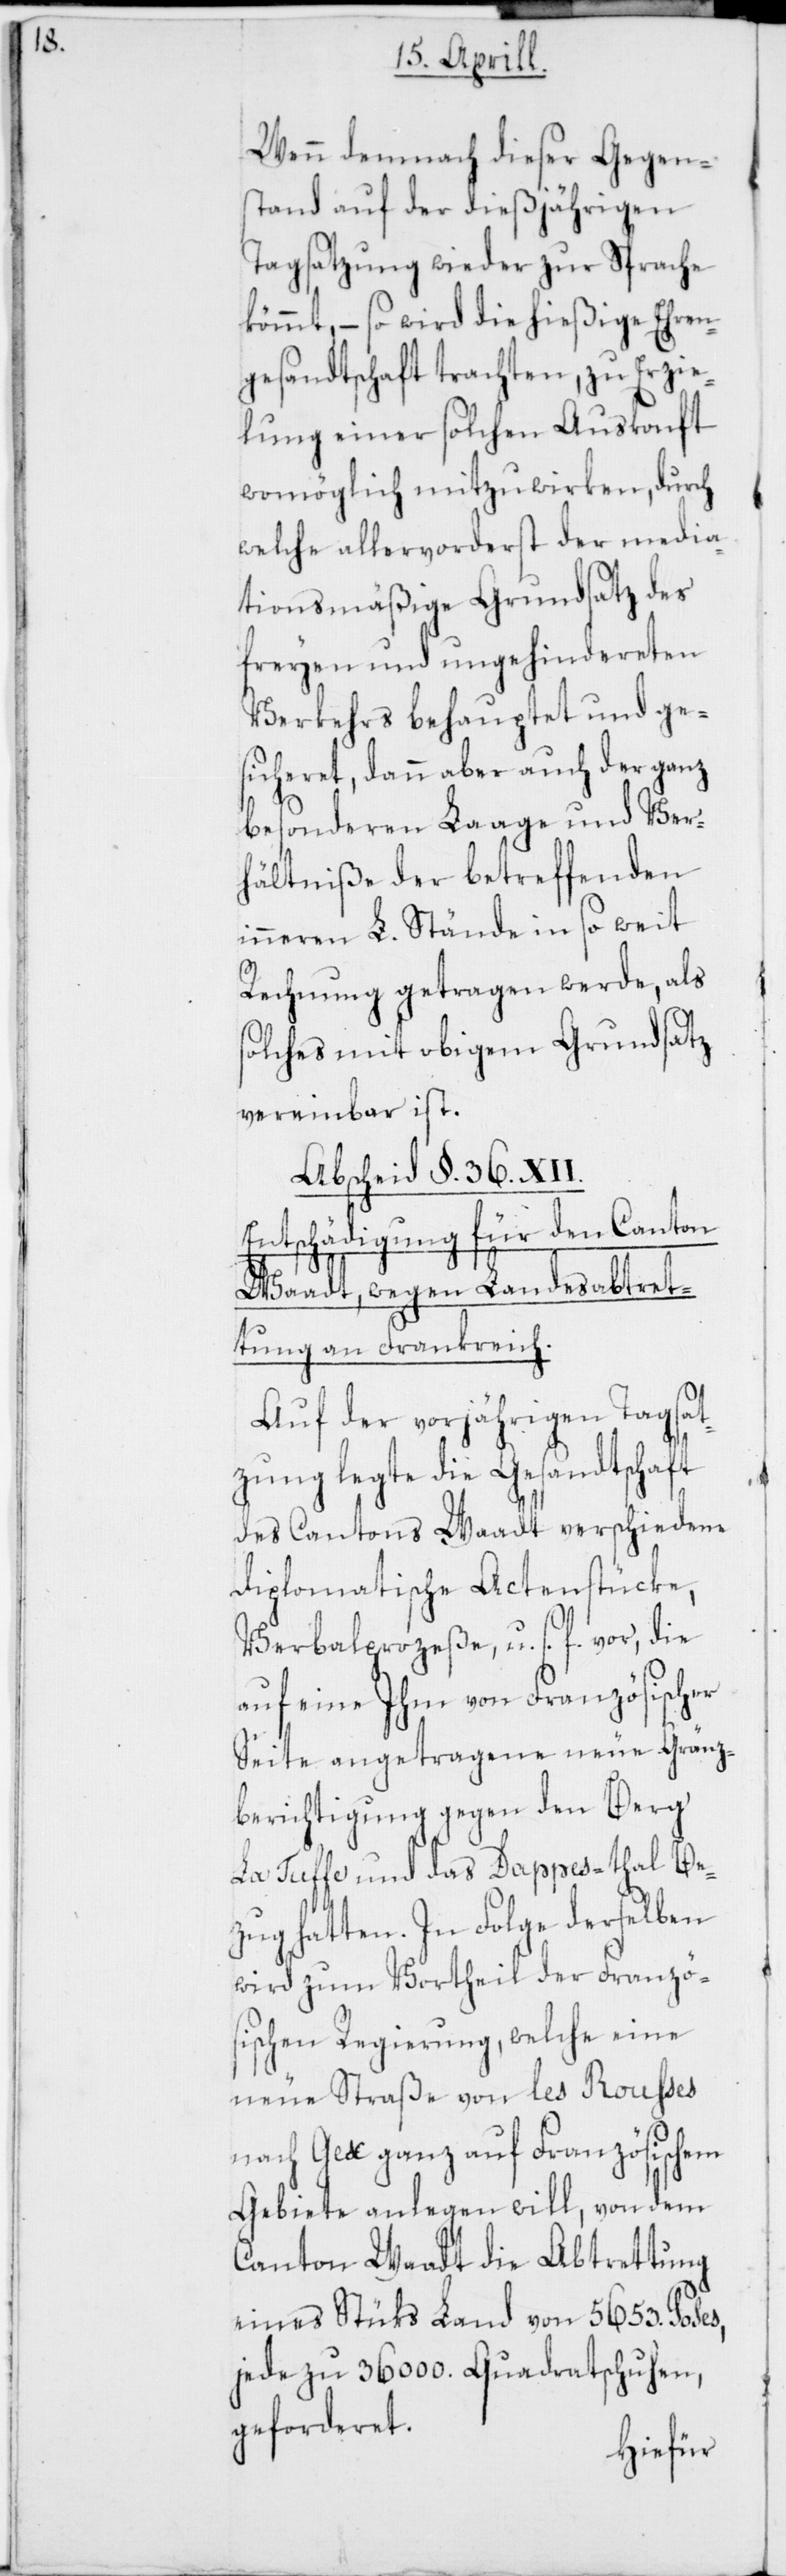
Wenn demnach dieser Gegen¬
stand auf der dießjährigen
Tagsatzung wieder zur Sprache
kömmt, – so wird die hießige Ehren¬
gesandtschaft trachten, zu Erzie¬
lung einer solchen Auskonft
womöglich mitzuwirken, durch
welche allervorderst der media¬
tionsmäßige Grundsatz des
freyen und ungehindereten
Verkehrs behauptet und ge¬
sicheret, dann aber auch der ganz
besonderen Laage und Ver¬
hältniße der betreffenden
inneren L. Stände in so weit
Rechnung getragen werde, als
solches mit obigem Grundsatz
vereinbar ist.
Abscheid §. 36. XII.
Entschädigung für den Canton
Waadt, wegen Landesabtret¬
tung an Frankreich.
Auf der vorjährigen Tagsat¬
zung legte die Gesandtschaft
des Cantons Waadt verschiedene
Diplomatische Actenstücke,
Verbalproceße u. s. f. vor, die
auf eine Ihm von Französischer
Seite angetragene neue Gränz¬
berichtigung gegen den Berg
La Tuffe und das Dappes-thal Be¬
zug hatten. In Folge derselben
wird zum Vortheil der Franzö¬
sischen Regierung, welche eine
neue Straße von les Rousses
nach Gex ganz auf Französischem
Gebiete anlegen will, von dem
Canton Waadt die Abtrettung
eines Stüks Land von 5653. Poses,
jede zu 36 000. Quadrathschuhen,
geforderet.